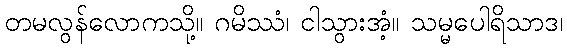
တမလွန်လောကသို့။ ဂမိဿံ၊ ငါသွားအံ့။ သမ္မပေါရိသာဒ၊